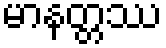
မာနတ္တဿ